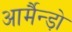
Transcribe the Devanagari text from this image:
आर्मैन्ड़ो